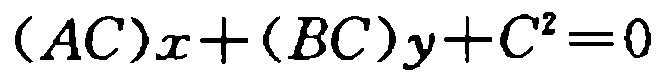
\((AC)x+(BC)y + C^{2}=0\)